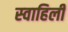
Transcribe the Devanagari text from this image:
स्‍वाहिली